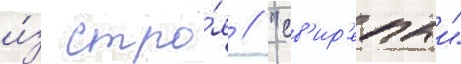
и́з стро́я // "св'ир'епыи"